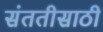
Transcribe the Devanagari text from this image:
संततीसाठी